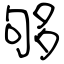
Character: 够